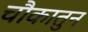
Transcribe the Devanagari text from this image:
चौकातुन